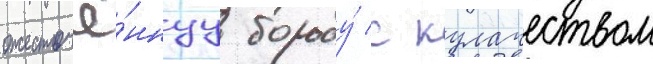
ожесточё́ннуу борьбу́ с кулачеством